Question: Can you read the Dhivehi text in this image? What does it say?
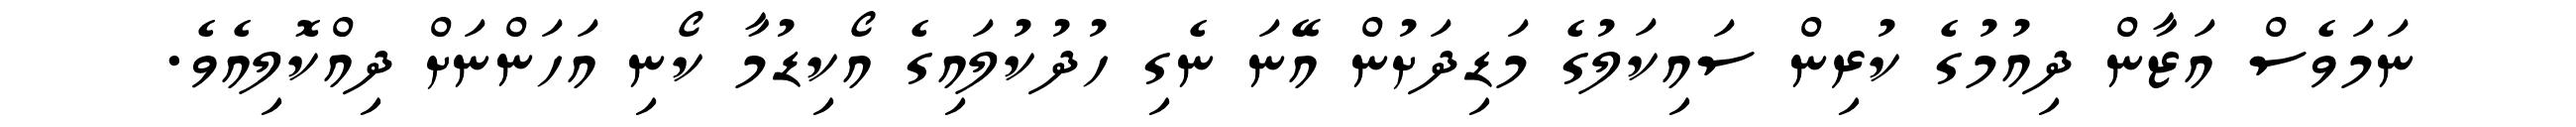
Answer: ނަމަވެސް އަޒާން ދިއުމުގެ ކުރިން ސައިކަލުގެ މަޑިދަށުން އޭނަ ނެގި ހުދުކުލައިގެ އޯކިޑުމާ ކޯނި އަހަންނަށް ދިއްކޮލިއެވެ.